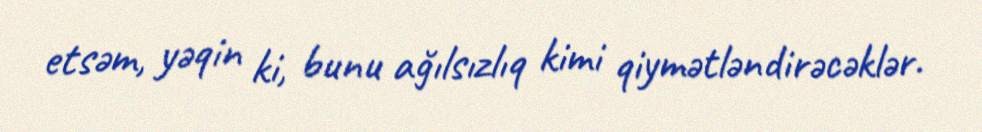
etsəm, yəqin ki, bunu ağılsızlıq kimi qiymətləndirəcəklər.